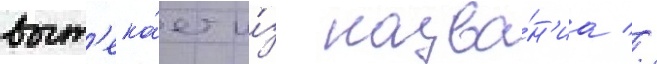
выт'ека́ет и́з назва́н'иа //